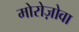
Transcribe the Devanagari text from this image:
मोरोज़ोवा